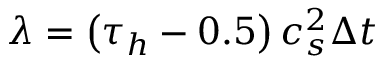
\lambda = \left( { { \tau _ { h } } - 0 . 5 } \right) c _ { s } ^ { 2 } \Delta t